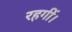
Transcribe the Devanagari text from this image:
रहगीं।